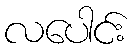
လပေါင်း